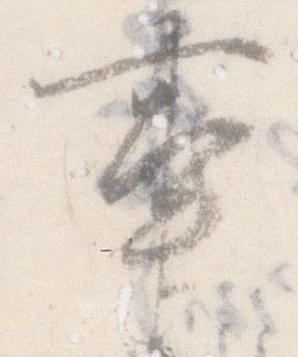
事